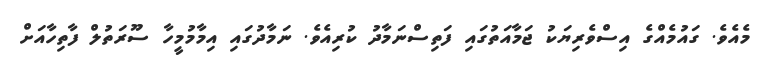
މެއެވެ. ގައުމެއްގެ އިސްވެރިޔަކު ޖަމާއަތުގައި ފަތިސްނަމާދު ކުރިއެވެ. ނަމާދުގައި އިމާމުމީހާ ސޫރަތުލް ފާތިހާއަށް